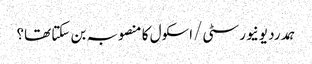
ہمدرد یونیورسٹی/اسکول کا منصوبہ بن سکتا تھا؟